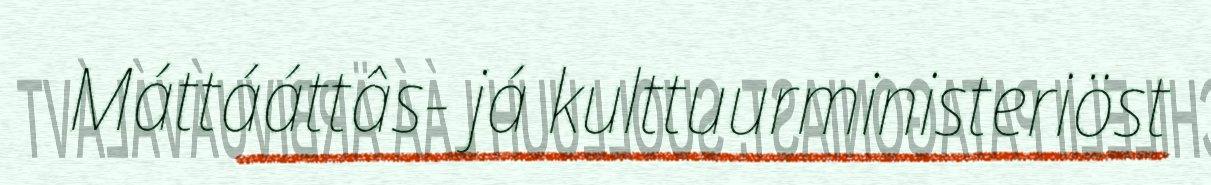
Máttááttâs- já kulttuurministeriöst